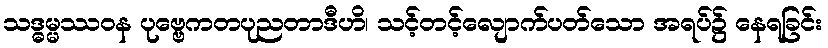
သဒ္ဓမ္မဿဝန ပုဗ္ဗေကတပုညတာဒီဟိ၊ သင့်တင့်လျောက်ပတ်သော အရပ်၌ နေရခြင်း